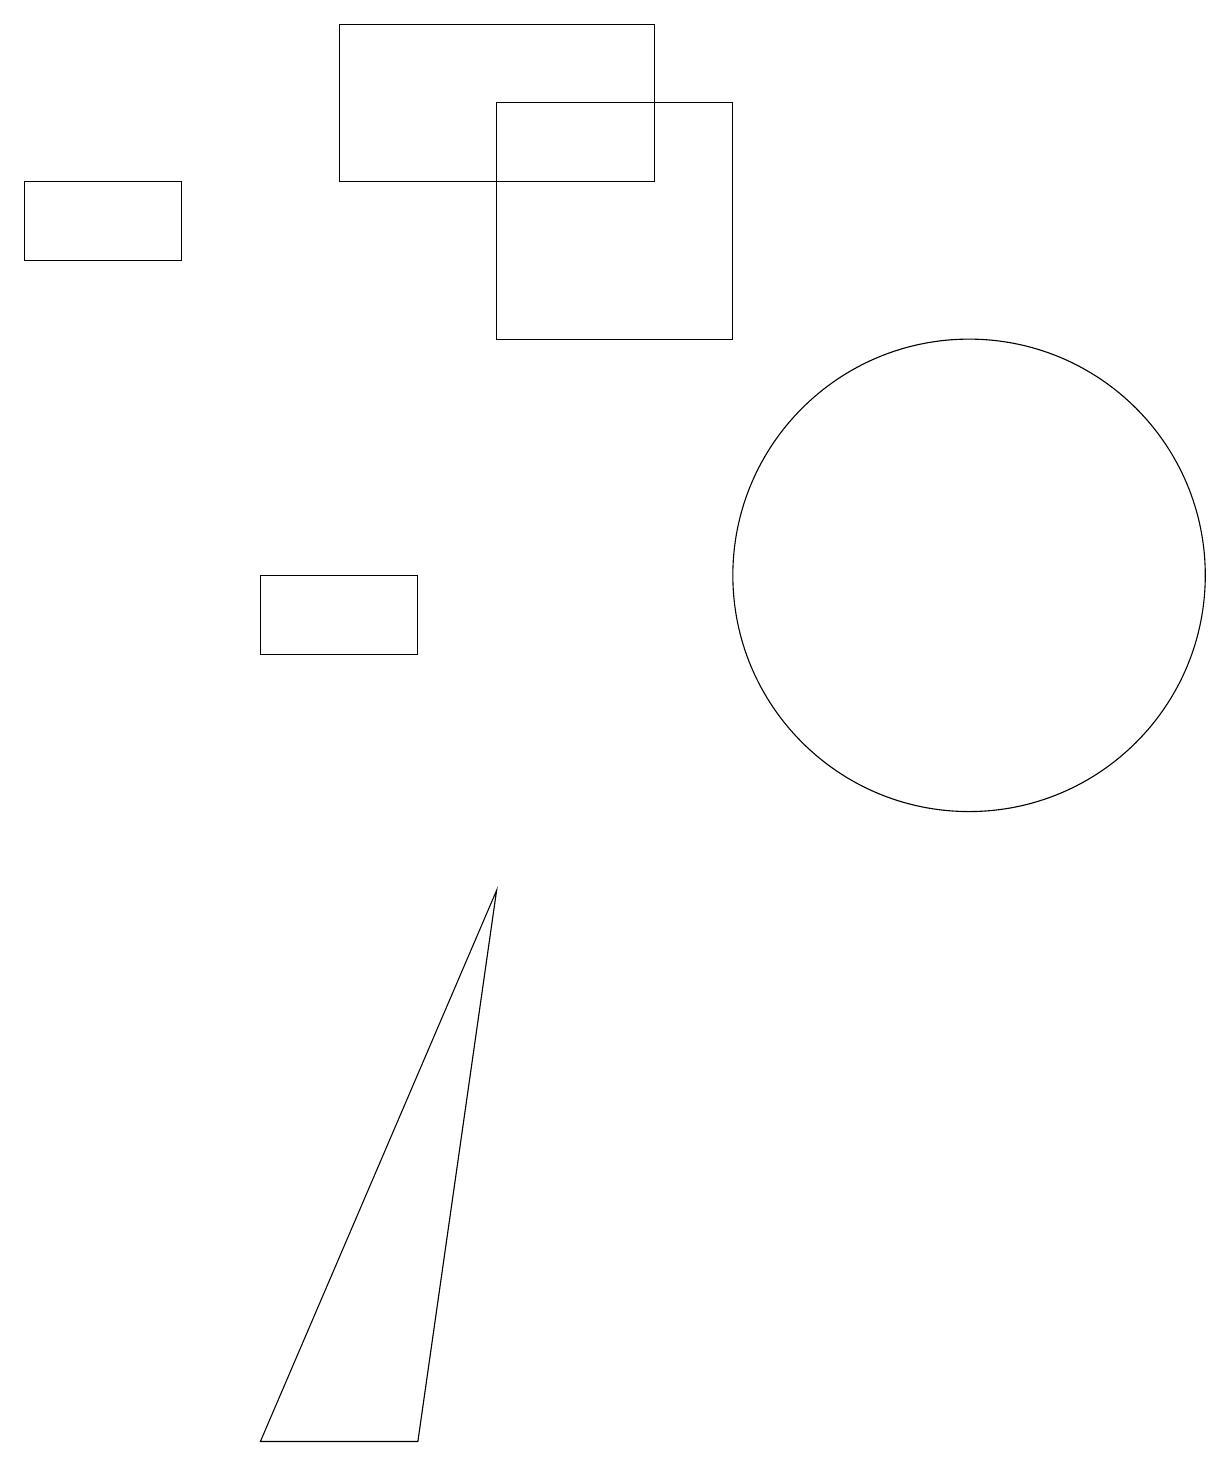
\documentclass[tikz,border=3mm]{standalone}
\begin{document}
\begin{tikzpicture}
\draw (3,10) rectangle (5,11);
\draw (5,0) -- (6,7) -- (3,0) -- cycle;
\draw (9,14) rectangle (6,17);
\draw (12,11) circle (3);
\draw (2,16) rectangle (0,15);
\draw (4,16) rectangle (8,18);
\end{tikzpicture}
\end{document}